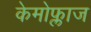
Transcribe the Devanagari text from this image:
केमोफ्लाज